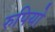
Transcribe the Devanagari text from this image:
रुपियो